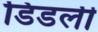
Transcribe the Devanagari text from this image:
डिडली